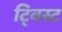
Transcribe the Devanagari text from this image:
टि्वस्ट